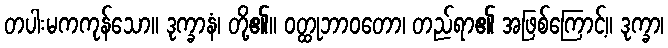
တပါးမကကုန်သော။ ဒုက္ခာနံ၊ တို့၏။ ဝတ္ထုဘာဝတော၊ တည်ရာ၏ အဖြစ်ကြောင့်။ ဒုက္ခာ၊